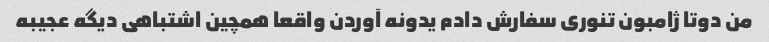
من دوتا ژامبون تنوری سفارش دادم یدونه آوردن واقعا همچین اشتباهی دیگه عجیبه